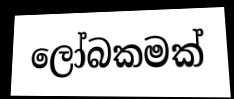
ලෝබකමක්